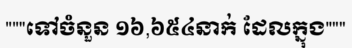
"""ទៅចំនួន ១៦,៦៥៤នាក់ ដែលក្នុង"""